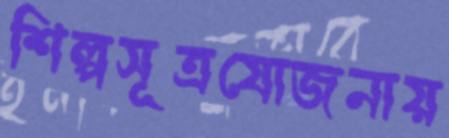
শিল্পসূত্রযোজনায়